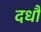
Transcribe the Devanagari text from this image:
दधौ